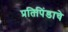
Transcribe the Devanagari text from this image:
प्रतिपिंडाचे